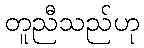
တူညီသည်ဟု